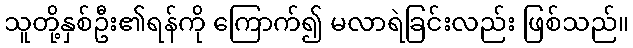
သူတို့နှစ်ဦး၏ရန်ကို ကြောက်၍ မလာရဲခြင်းလည်း ဖြစ်သည်။